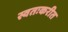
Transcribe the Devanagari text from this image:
स्वतःकरीत